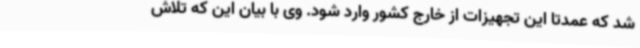
شد که عمدتا این تجهیزات از خارج کشور وارد شود. وی با بیان این که تلاش